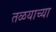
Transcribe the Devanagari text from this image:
तळयाच्या